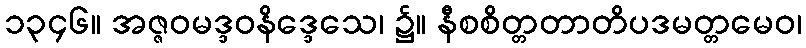
၁၃၄၆။ အဇ္ဇဝမဒ္ဒဝနိဒ္ဒေသေ၊ ၌။ နီစစိတ္တတာတိပဒမတ္တမေဝ၊